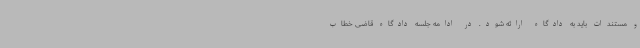
و مستندات باید به دادگاه ارائه شود. در ادامه جلسه دادگاه قاضی خطاب